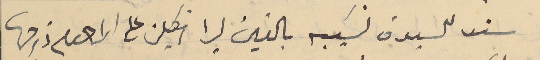
سند للسيدة نسَيبه بالفين ليرا انكليز على المرحوم زوجها